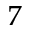
_ 7